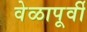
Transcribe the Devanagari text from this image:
वेळापूर्वी